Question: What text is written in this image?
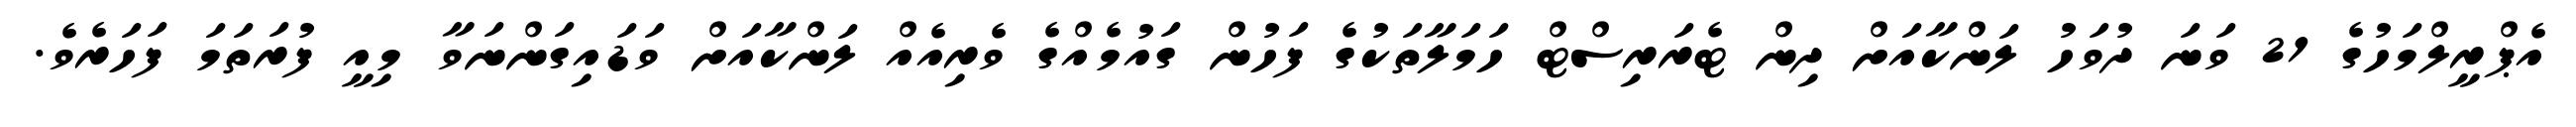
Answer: އެޕްރީލްމަހުގެ 21 ވަނަ ދުވަހު ލަންކާއަށް ދިން ޓެރަރިސްޓް ހަމަލާތަކުގެ ފަހުން ގައުމެއްގެ ވެރިއެއް ލަންކާއަށް ވަޑައިގަންނަވާ މިއީ ފުރަތަމަ ފަހަރެވެ.